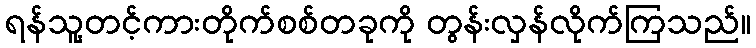
ရန်သူ့တင့်ကားတိုက်စစ်တခုကို တွန်းလှန်လိုက်ကြသည်။